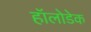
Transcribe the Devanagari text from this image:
हॉलोडेक